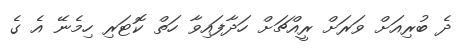
ދެ ބުރިއަށް ވަރަށް ރީއްޗަށް ހަދާފައިވާ ހަތް ކޮޓަރި ހިމެނޭ އެ ގެ